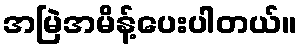
အမြဲအမိန့်ပေးပါတယ်။